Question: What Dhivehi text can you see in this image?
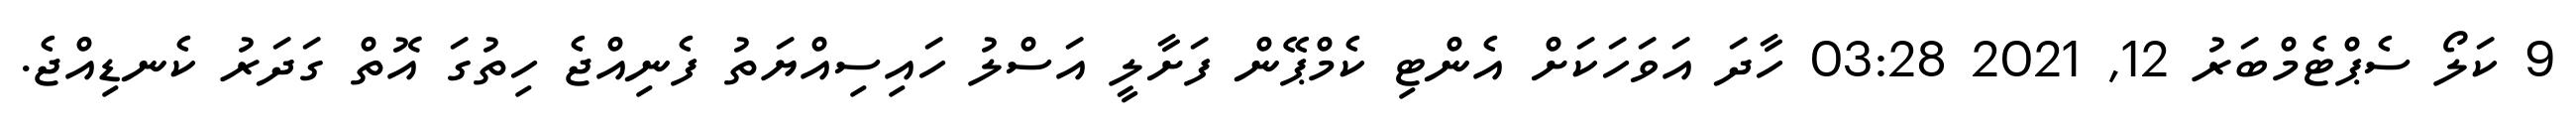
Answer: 9 ކަލޯ ސެޕްޓެމްބަރު 12, 2021 03:28 ހާދަ އަވަހަކަށް އެންޓި ކެމްޕޭން ފަށާލީ އަސްލު ހައިސިއްޔަތު ފެނިއްޖެ ހިތުގަ އޮތް ގަދަރު ކެނޑިއްޖެ.